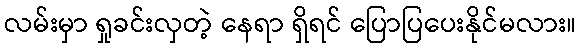
လမ်းမှာ ရှုခင်းလှတဲ့ နေရာ ရှိရင် ပြောပြပေးနိုင်မလား။